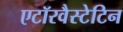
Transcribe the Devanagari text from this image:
एटॉरवैस्टेटिन